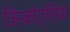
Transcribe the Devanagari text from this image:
जिन्कोएशिया